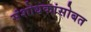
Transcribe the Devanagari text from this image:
संशोधकांसोबत